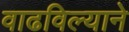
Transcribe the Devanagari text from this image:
वाढविल्याने